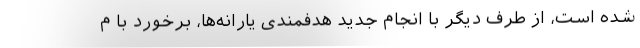
شده است، از طرف دیگر با انجام جدید هدفمندی یارانه‌ها، برخورد با م